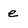
Character: e